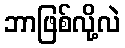
ဘာဖြစ်လို့လဲ